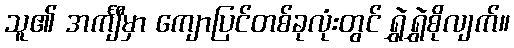
သူ၏ အင်္ကျီမှာ ကျောပြင်တစ်ခုလုံးတွင် ရွှဲရွှဲစိုလျက်။